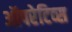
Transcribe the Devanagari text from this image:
ऑपरेटिव्स